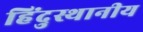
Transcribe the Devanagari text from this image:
हिंदुस्थानीय